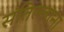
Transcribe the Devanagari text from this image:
संतिल्लाना